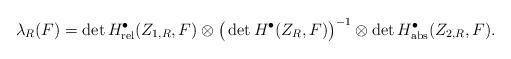
LaTeX: \begin{align*}\lambda_R(F) =\det H_\mathrm{rel}^\bullet(Z_{1,R},F) \otimes\big( \det H^\bullet(Z_R,F) \big)^{-1} \otimes\det H^\bullet_\mathrm{abs}(Z_{2,R},F).\end{align*}